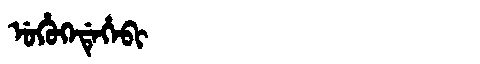
Manchu: ᡠᡥᡠᡴᡝᡩᡝᡥᡝᠪᡳ
Romanization: UHUKEDEHEBI